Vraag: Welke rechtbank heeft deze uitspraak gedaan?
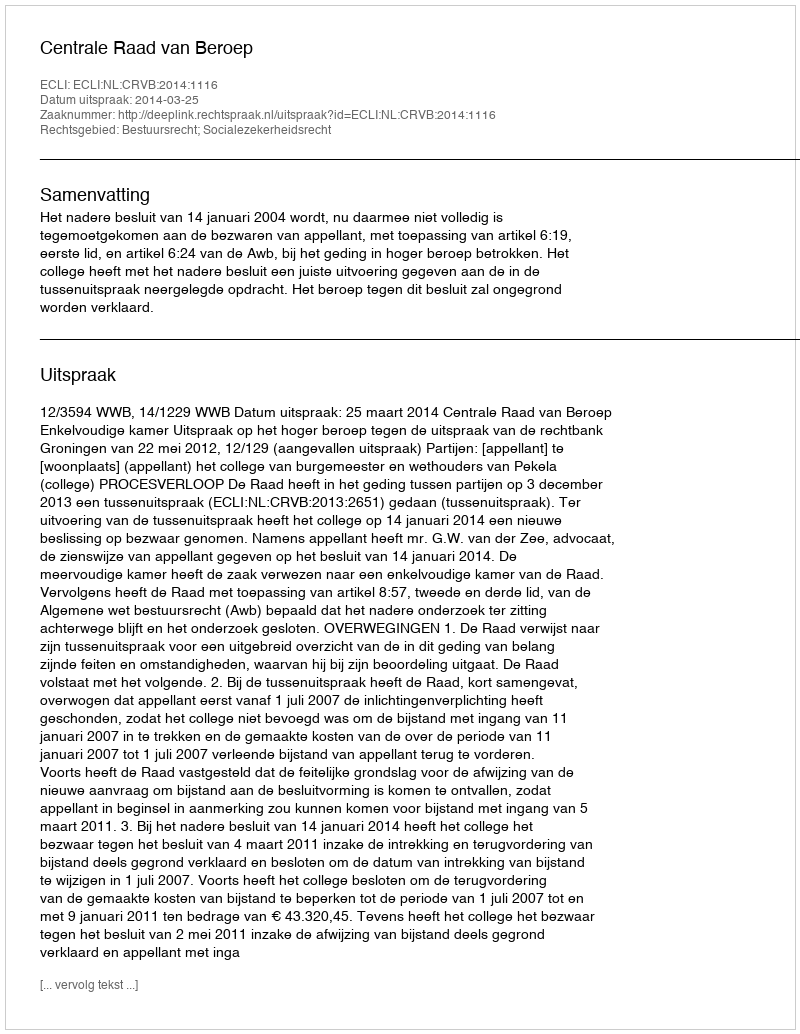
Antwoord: Centrale Raad van Beroep